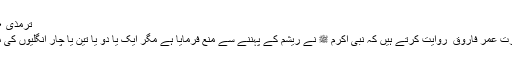
ترمذی ۱۷۲۰
حضرت عمر فاروق ؓ روایت کرتے ہیں کہ نبی اکرم ﷺ نے ریشم کے پہننے سے منع فرمایا ہے مگر ایک یا دو یا تین یا چار انگلیوں کی مقدار۔